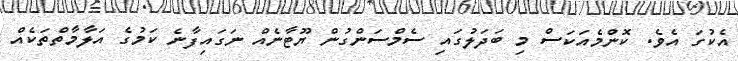
އެކުގަ އެވެ. ކޮންމެއަކަސް މި ބަދަލުގައި ސެމްސަންގުން ޔޫޓާނެއް ނަގައިފާނެ ކަމުގެ އަލާމާތްތަކެއް